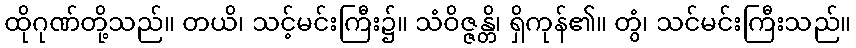
ထိုဂုဏ်တို့သည်။ တယိ၊ သင့်မင်းကြီး၌။ သံဝိဇ္ဇန္တိ၊ ရှိကုန်၏။ တွံ၊ သင်မင်းကြီးသည်။